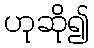
ဟုဆို၍